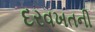
દરવખતની